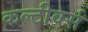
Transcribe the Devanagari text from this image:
कल्टीवर्स